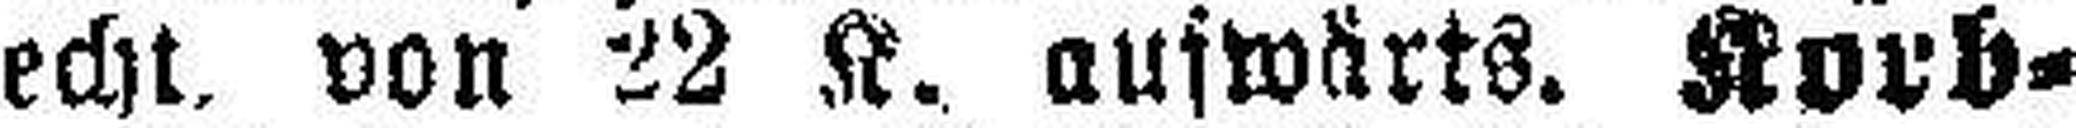
echt von 22 K. aufwärts. Korb¬